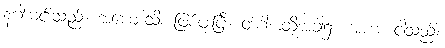
နဂါးမင်းသည်။ အဟောသိ၊ ဖြစ်ဖူးပြီ။ တဒါ၊ ထိုအခါ၌။ အဟံ၊ ငါသည်။